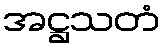
အဋ္ဌသတံ